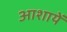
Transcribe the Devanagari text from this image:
आशायें